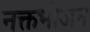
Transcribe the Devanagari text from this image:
नक्तभोजन